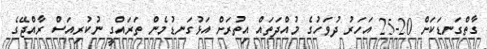
ގާތްގަނޑަކަށް 20-25 އަހަރު ދުވަހުގެ މުއްދަތައް އިތުރަށް އަޅުގަނޑުމެން ތަރައްގީ ނުކުރިއަސް ރާއްޖޭގެ